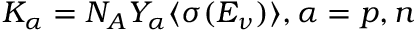
K _ { \alpha } = N _ { A } Y _ { \alpha } \langle \sigma ( E _ { \nu } ) \rangle , \alpha = p , n